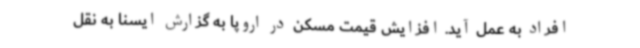
افراد به عمل آید. افزایش قیمت مسکن در اروپا به گزارش ایسنا به نقل